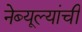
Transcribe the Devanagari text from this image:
नेब्यूल्यांची